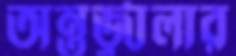
অন্তর্জ্বালার